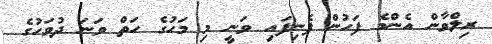
ރިލްވާން އެންމެ ފަހުން ފެނިފައި ވަނީ މި މަހުގެ ހަތް ވަނަ ދުވަހުގެ